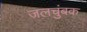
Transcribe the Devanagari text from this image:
जलचुंबक